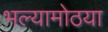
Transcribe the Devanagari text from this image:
भल्यामोठया